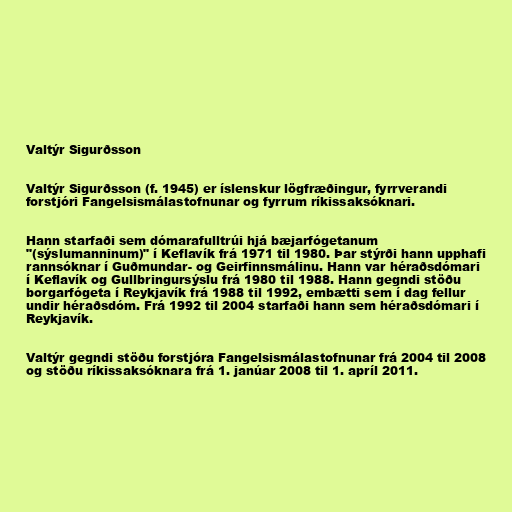
Valtýr Sigurðsson

Valtýr Sigurðsson (f. 1945) er íslenskur lögfræðingur, fyrrverandi
for­stjóri Fang­els­is­mála­stofn­un­ar og fyrrum ríkissaksóknari.

Hann starfaði sem dómarafulltrúi hjá bæjarfógetanum
"(sýslumanninum)" í Keflavík frá 1971 til 1980. Þar stýrði hann upphafi
rannsóknar í Guðmundar- og Geirfinnsmálinu. Hann var héraðsdómari
í Keflavík og Gullbringursýslu frá 1980 til 1988. Hann gegndi stöðu
borgarfógeta í Reykjavík frá 1988 til 1992, embætti sem í dag fellur
undir héraðsdóm. Frá 1992 til 2004 starfaði hann sem héraðsdómari í
Reykjavík.

Valtýr gegndi stöðu forstjóra Fang­els­is­mála­stofn­un­ar frá 2004 til 2008
og stöðu ríkissaksóknara frá 1. janúar 2008 til 1. apríl 2011.